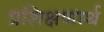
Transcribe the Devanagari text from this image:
प्रशिक्षणार्थ